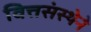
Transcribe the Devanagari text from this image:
वित्तसंस्थेने